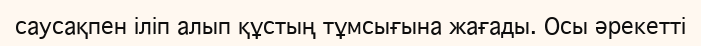
саусақпен іліп алып құстың тұмсығына жағады. Осы әрекетті